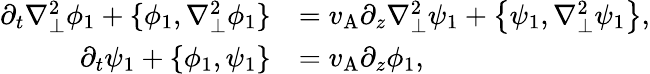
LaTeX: \begin{array}{rl}{\partial_{t}\nabla_{\perp}^{2}\phi_{1}+\{ \phi_{1},\nabla_{\perp}^{2}\phi_{1}\} }&{=v_{\mathrm{A}}\partial_{z}\nabla_{\perp}^{2}\psi_{1}+\left\{ \psi_{1},\nabla_{\perp}^{2}\psi_{1}\right\} ,}\\ {\partial_{t}\psi_{1}+\{ \phi_{1},\psi_{1}\} }&{=v_{\mathrm{A}}\partial_{z}\phi_{1},}\end{array}